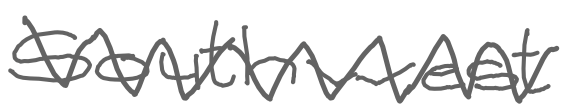
Text: southwest
Cross-out: zig-zag
Writing tool: digital_gray